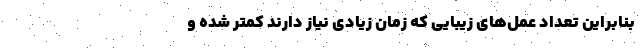
بنابراین تعداد عمل‌های زیبایی که زمان زیادی نیاز دارند کمتر شده و